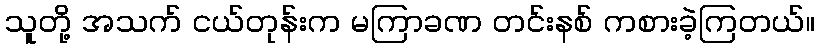
သူတို့ အသက် ငယ်တုန်းက မကြာခဏ တင်းနစ် ကစားခဲ့ကြတယ်။